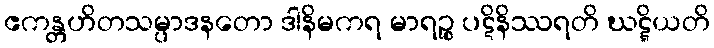
ဧကန္တဟိတသမ္ပာဒနတော ဒါနိမကရ မာရဉ္စ ပဋိနိဿရတိ ဃဋ္ဋိယတိ